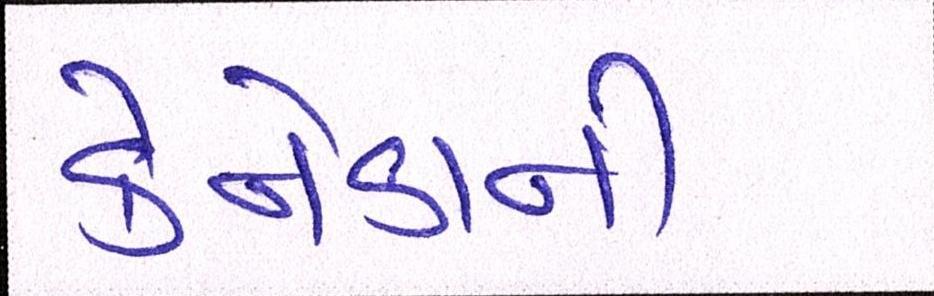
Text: કેનેડાની